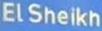
ElSheikh